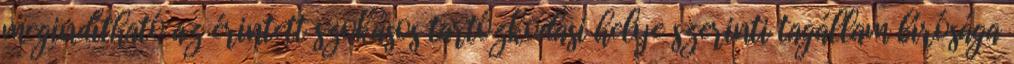
megindítható az érintett szokásos tartózkodási helye szerinti tagállam bírósága